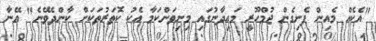
"އެކެއް މެއިން ފެށިގެން ޖުމްހޫރީ މައިދާނުގައި މިނިވަންކަމާ އެކު ކޮތަރުތަކަށް ކާންދެވޭނެ" އޭނާ